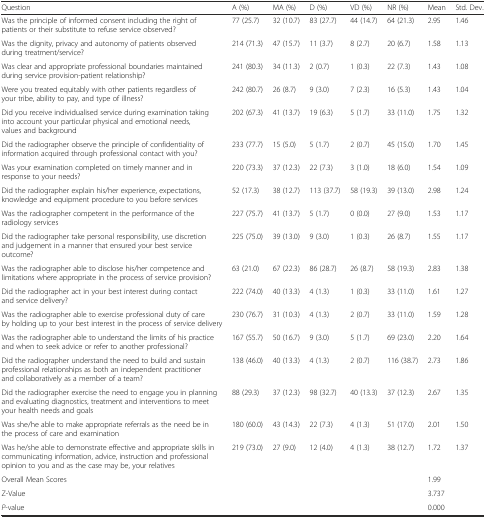
<table><thead><tr><td><b>Question</b></td><td><b>A (%)</b></td><td><b>MA (%)</b></td><td><b>D (%)</b></td><td><b>VD (%)</b></td><td><b>NR (%)</b></td><td><b>Mean</b></td><td><b>Std. Dev.</b></td></tr></thead><tbody><tr><td>Was the principle of informed consent including the right of patients or their substitute to refuse service observed?</td><td>77 (25.7)</td><td>32 (10.7)</td><td>83 (27.7)</td><td>44 (14.7)</td><td>64 (21.3)</td><td>2.95</td><td>1.46</td></tr><tr><td>Was the dignity, privacy and autonomy of patients observed during treatment/service?</td><td>214 (71.3)</td><td>47 (15.7)</td><td>11 (3.7)</td><td>8 (2.7)</td><td>20 (6.7)</td><td>1.58</td><td>1.13</td></tr><tr><td>Was clear and appropriate professional boundaries maintained during service provision-patient relationship?</td><td>241 (80.3)</td><td>34 (11.3)</td><td>2 (0.7)</td><td>1 (0.3)</td><td>22 (7.3)</td><td>1.43</td><td>1.08</td></tr><tr><td>Were you treated equitably with other patients regardless of your tribe, ability to pay, and type of illness?</td><td>242 (80.7)</td><td>26 (8.7)</td><td>9 (3.0)</td><td>7 (2.3)</td><td>16 (5.3)</td><td>1.43</td><td>1.04</td></tr><tr><td>Did you receive individualised service during examination taking into account your particular physical and emotional needs, values and background</td><td>202 (67.3)</td><td>41 (13.7)</td><td>19 (6.3)</td><td>5 (1.7)</td><td>33 (11.0)</td><td>1.75</td><td>1.32</td></tr><tr><td>Did the radiographer observe the principle of confidentiality of information acquired through professional contact with you?</td><td>233 (77.7)</td><td>15 (5.0)</td><td>5 (1.7)</td><td>2 (0.7)</td><td>45 (15.0)</td><td>1.70</td><td>1.45</td></tr><tr><td>Was your examination completed on timely manner and in response to your needs?</td><td>220 (73.3)</td><td>37 (12.3)</td><td>22 (7.3)</td><td>3 (1.0)</td><td>18 (6.0)</td><td>1.54</td><td>1.09</td></tr><tr><td>Did the radiographer explain his/her experience, expectations, knowledge and equipment procedure to you before services</td><td>52 (17.3)</td><td>38 (12.7)</td><td>113 (37.7)</td><td>58 (19.3)</td><td>39 (13.0)</td><td>2.98</td><td>1.24</td></tr><tr><td>Was the radiographer competent in the performance of the radiology services</td><td>227 (75.7)</td><td>41 (13.7)</td><td>5 (1.7)</td><td>0 (0.0)</td><td>27 (9.0)</td><td>1.53</td><td>1.17</td></tr><tr><td>Did the radiographer take personal responsibility, use discretion and judgement in a manner that ensured your best service outcome?</td><td>225 (75.0)</td><td>39 (13.0)</td><td>9 (3.0)</td><td>1 (0.3)</td><td>26 (8.7)</td><td>1.55</td><td>1.17</td></tr><tr><td>Was the radiographer able to disclose his/her competence and limitations where appropriate in the process of service provision?</td><td>63 (21.0)</td><td>67 (22.3)</td><td>86 (28.7)</td><td>26 (8.7)</td><td>58 (19.3)</td><td>2.83</td><td>1.38</td></tr><tr><td>Did the radiographer act in your best interest during contact and service delivery?</td><td>222 (74.0)</td><td>40 (13.3)</td><td>4 (1.3)</td><td>1 (0.3)</td><td>33 (11.0)</td><td>1.61</td><td>1.27</td></tr><tr><td>Was the radiographer able to exercise professional duty of care by holding up to your best interest in the process of service delivery</td><td>230 (76.7)</td><td>31 (10.3)</td><td>4 (1.3)</td><td>2 (0.7)</td><td>33 (11.0)</td><td>1.59</td><td>1.28</td></tr><tr><td>Was the radiographer able to understand the limits of his practice and when to seek advice or refer to another professional?</td><td>167 (55.7)</td><td>50 (16.7)</td><td>9 (3.0)</td><td>5 (1.7)</td><td>69 (23.0)</td><td>2.20</td><td>1.64</td></tr><tr><td>Did the radiographer understand the need to build and sustain professional relationships as both an independent practitioner and collaboratively as a member of a team?</td><td>138 (46.0)</td><td>40 (13.3)</td><td>4 (1.3)</td><td>2 (0.7)</td><td>116 (38.7)</td><td>2.73</td><td>1.86</td></tr><tr><td>Did the radiographer exercise the need to engage you in planning and evaluating diagnostics, treatment and interventions to meet your health needs and goals</td><td>88 (29.3)</td><td>37 (12.3)</td><td>98 (32.7)</td><td>40 (13.3)</td><td>37 (12.3)</td><td>2.67</td><td>1.35</td></tr><tr><td>Was she/he able to make appropriate referrals as the need be in the process of care and examination</td><td>180 (60.0)</td><td>43 (14.3)</td><td>22 (7.3)</td><td>4 (1.3)</td><td>51 (17.0)</td><td>2.01</td><td>1.50</td></tr><tr><td>Was he/she able to demonstrate effective and appropriate skills in communicating information, advice, instruction and professional opinion to you and as the case may be, your relatives</td><td>219 (73.0)</td><td>27 (9.0)</td><td>12 (4.0)</td><td>4 (1.3)</td><td>38 (12.7)</td><td>1.72</td><td>1.37</td></tr><tr><td colspan="6">Overall Mean Scores</td><td colspan="2">1.99</td></tr><tr><td colspan="6">Z-Value</td><td colspan="2">3.737</td></tr><tr><td colspan="6"><i>P</i>-value</td><td colspan="2">0.000</td></tr></tbody></table>